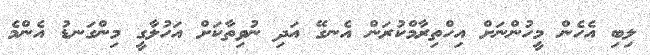
ލިބި އެހެން މީހުންނަށް އިހްތިރާމްކުރަން އެނގޭ އަދި ނުވިތާކަށް އަހުލާގީ މިންގަނޑު އެންމެ